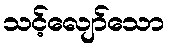
သင့်လျော်သော